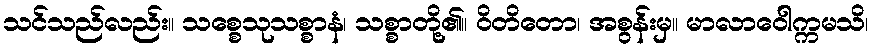
သင်သည်လည်း။ သစ္စေသုသစ္စာနံ၊ သစ္စာတို့၏။ ဝိတိတော၊ အစွန်းမှ။ မာလာဝေါက္ကမသိ၊